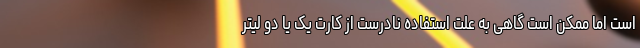
است اما ممکن است گاهی به علت استفاده نادرست از کارت یک یا دو لیتر